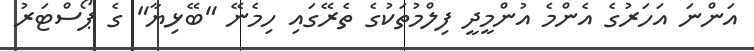
އަންނަ އަހަރުގެ އެންމެ އުންމީދީ ފިލްމުތަކުގެ ތެރޭގައި ހިމެނޭ "ބޭޅިޔާ" ގެ ޕޯސްޓަރު